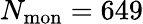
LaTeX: N_{\mathrm{mon}}=649